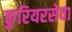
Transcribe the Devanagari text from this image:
कुरियरसेवा